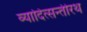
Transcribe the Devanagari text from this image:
व्यादित्सन्तीरथ